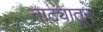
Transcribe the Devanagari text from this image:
नाट्यातून